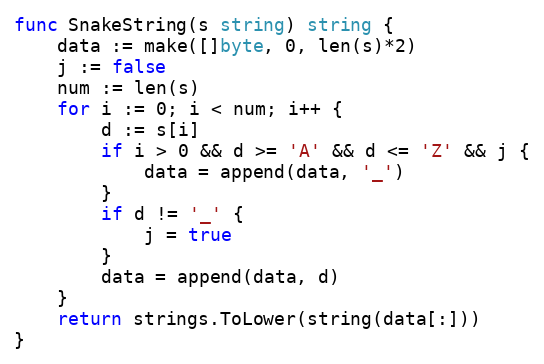
Language: Go
func SnakeString(s string) string {
	data := make([]byte, 0, len(s)*2)
	j := false
	num := len(s)
	for i := 0; i < num; i++ {
		d := s[i]
		if i > 0 && d >= 'A' && d <= 'Z' && j {
			data = append(data, '_')
		}
		if d != '_' {
			j = true
		}
		data = append(data, d)
	}
	return strings.ToLower(string(data[:]))
}